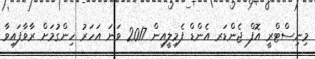
މިނިސްޓްރީ އޮފް ޖެންޑަރ އެންޑް ފެމިލީއިން 2017 ވަނަ އަހަރު ހިންގުމަށް ރާވާފައިވާ